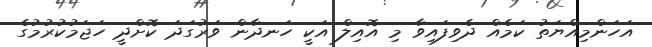
އަހަންމިއްޔަތު ކަމެއް ދެވިފައިވާ މި އޮއިލް އަކީ ހަނދާން ވަރުގަދަ ކޮށްދީ ހަޖަމުކުރުމުގެ